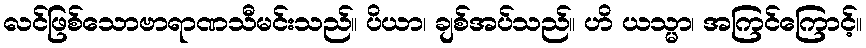
လင်ဖြစ်သောဗာရာဏသီမင်းသည်။ ပိယာ၊ ချစ်အပ်သည်။ ဟိ ယသ္မာ၊ အကြင်ကြောင့်။